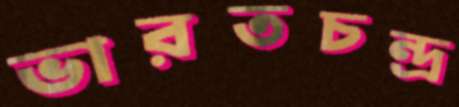
ভারতচন্দ্র